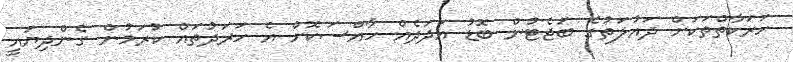
ހަރަކާތްތަކަށް ދައުލަތުގެ ބަޖެޓުން ބޮޑު އަދަދެއް ހާއްސަކޮށް އެ ހަރަދުތައް ކުރަމުން ގެންދިޔައީ